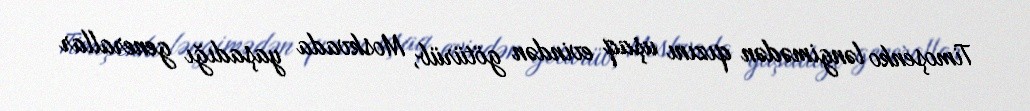
Timoşenko ləngimədən qızını uşaq evindən götürüb, Moskvada yaşadığı generallar